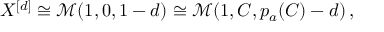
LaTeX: X ^ { [ d ] } \cong \mathcal { M } ( 1 , 0 , 1 - d ) \cong \mathcal { M } ( 1 , C , p _ { a } ( C ) - d ) \, ,